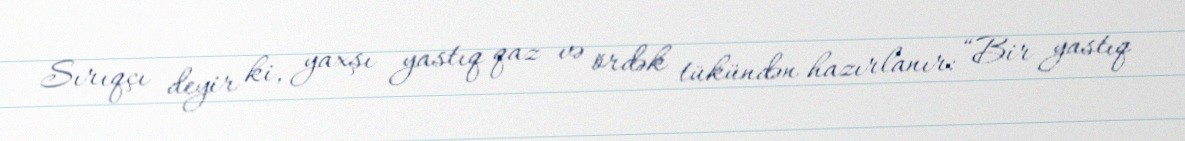
Sırıqçı deyir ki, yaxşı yastıq qaz və ördək tükündən hazırlanır: “Bir yastıq